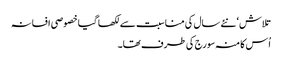
تلاش‘ نئے سال کی مناسبت سے لکھا گیا خصوصی افسانہ
اُس کا منہ سورج کی طرف تھا۔